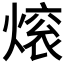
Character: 𬊼